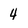
Character: 4